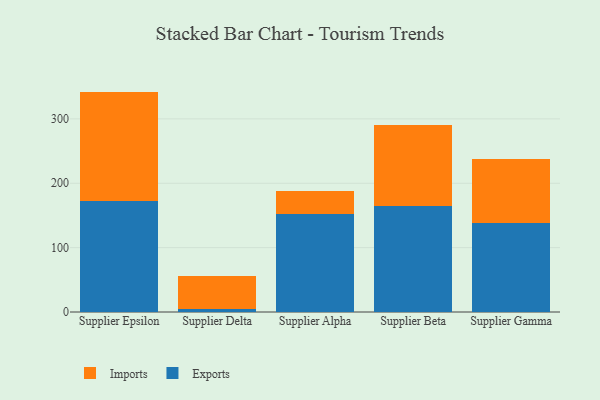
{"axis": {"x": "Supplier", "y": "Latency (ms)"}, "legend": ["Exports", "Imports"], "data": [{"x": "Supplier Epsilon", "y": 172.8, "type": "Exports"}, {"x": "Supplier Epsilon", "y": 169.6, "type": "Imports"}, {"x": "Supplier Delta", "y": 5.3, "type": "Exports"}, {"x": "Supplier Delta", "y": 50.9, "type": "Imports"}, {"x": "Supplier Alpha", "y": 152.9, "type": "Exports"}, {"x": "Supplier Alpha", "y": 35.1, "type": "Imports"}, {"x": "Supplier Beta", "y": 164.4, "type": "Exports"}, {"x": "Supplier Beta", "y": 126.1, "type": "Imports"}, {"x": "Supplier Gamma", "y": 137.9, "type": "Exports"}, {"x": "Supplier Gamma", "y": 99.2, "type": "Imports"}]}